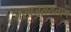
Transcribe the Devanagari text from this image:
जसाजसयलाग